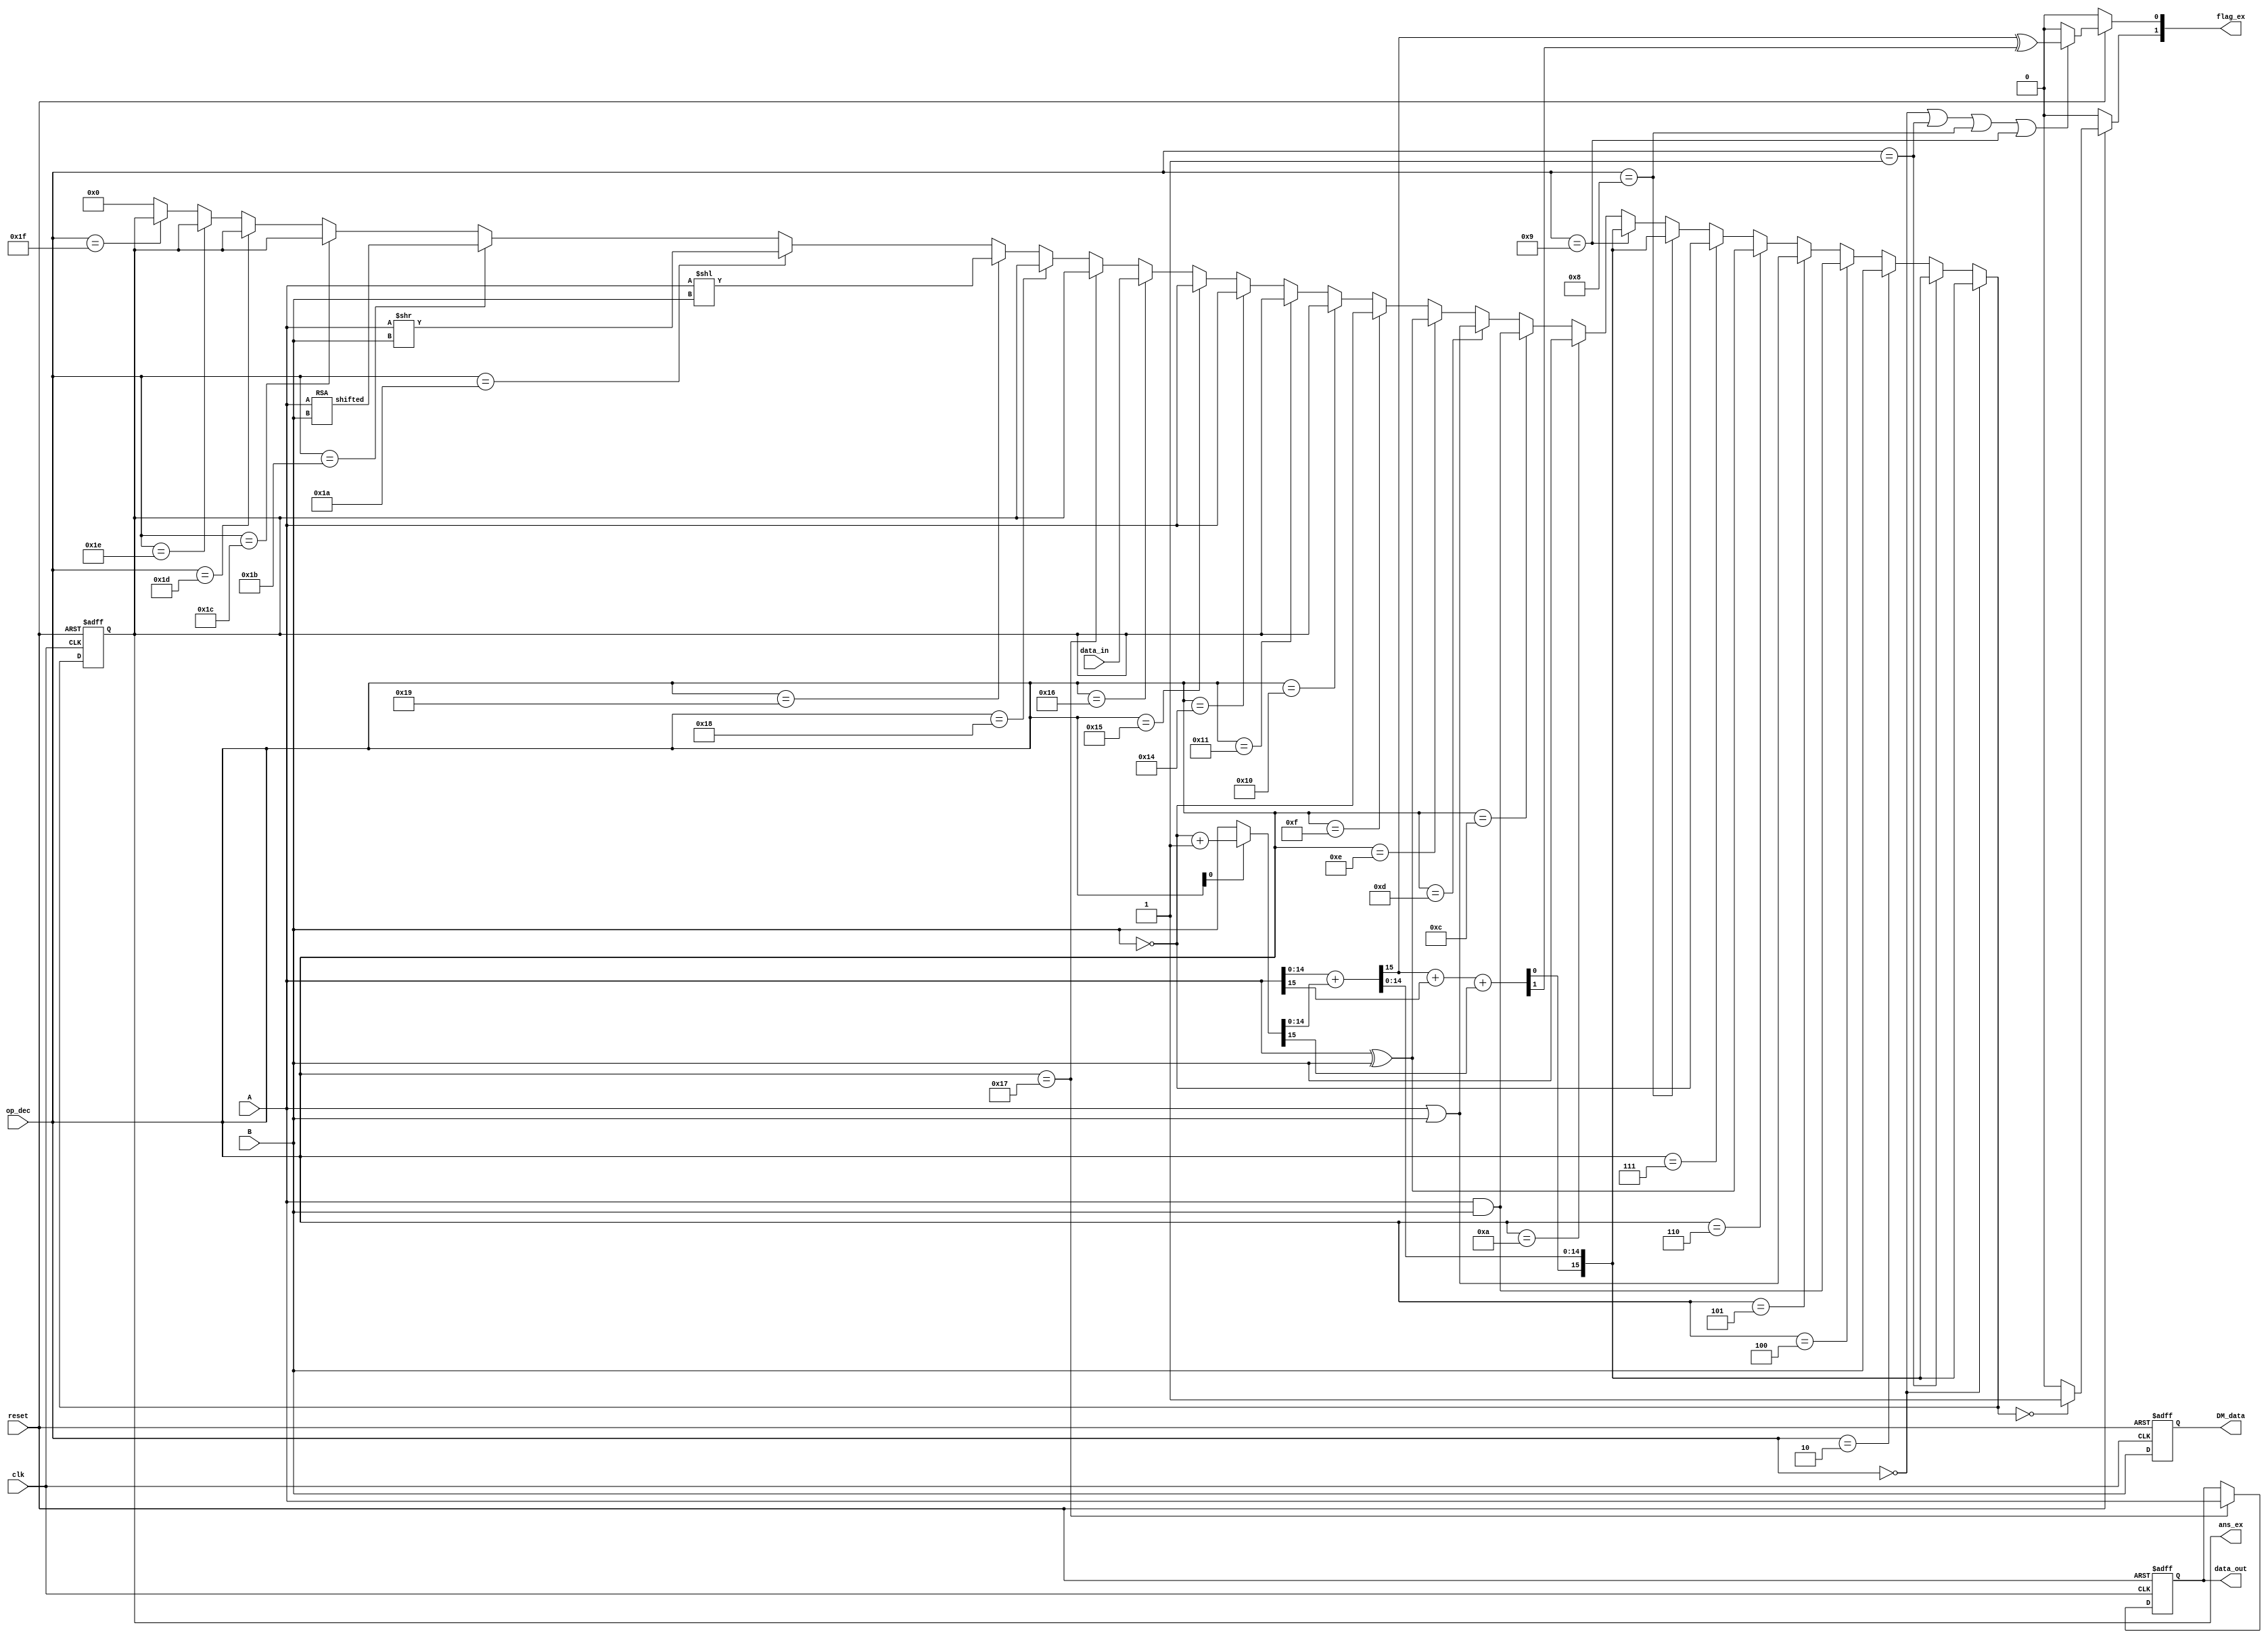
`timescale 1ns / 1ps
//////////////////////////////////////////////////////////////////////////////////
// Company: 
// Engineer: 
// 
// Design Name: 
// Module Name:    ALU_1 
// Project Name: 
// Target Devices: 
// Tool versions: 
// Description: 
//
// Dependencies: 
//
// Revision: 
// Revision 0.01 - File Created
// Additional Comments: 
//
//////////////////////////////////////////////////////////////////////////////////
module ALU(A, B, op_dec, data_in, ans_ex, data_out, DM_data ,clk, reset, flag_ex);

input [15:0] A,B,data_in;
input [5:0] op_dec;
input clk,reset;

output reg[15:0] ans_ex,DM_data,data_out;
output [1:0] flag_ex;

wire [15:0] ans_tmp,data_out_buff;
wire[15:0] temp,add,ans;
wire ans_zero,overflow;
reg[1:0] flag_prv;

assign temp =(op_dec[0] == 1'b1 ? (~B + 16'b0000000000000001) : B);
assign {c1, add[14:0]} = A[14:0] + temp[14:0];
assign {c2, add[15]} = c1 + A[15] + temp[15];
assign overflow = c1 ^ c2;
RSA shift (A,B,ans);

assign ans_tmp=(op_dec==6'b000000 ? add :
	
	(op_dec==6'b000001 ? add:
	(op_dec==6'b000010 ? B:
	(op_dec==6'b000100 ? A&B:
	(op_dec==6'b000101 ? A|B:
	(op_dec==6'b000110 ? A^B:
	(op_dec==6'b000111 ? ~B:
	(op_dec==6'b001000 ? add:
	(op_dec==6'b001001 ? add:
	(op_dec==6'b001010 ? B:
	(op_dec==6'b001100 ? A&B:
	(op_dec==6'b001101 ? A|B:
	(op_dec==6'b001110 ? A^B:
	(op_dec==6'b001111 ? ~B:
	(op_dec==6'b010000 ? ans_ex:
	(op_dec==6'b010001 ? ans_ex:
	(op_dec==6'b010100 ? A:
	(op_dec==6'b010101 ? A:
	(op_dec==6'b010110 ? data_in:
	(op_dec==6'b010111 ? ans_ex:
	(op_dec==6'b011000 ? ans_ex:
	(op_dec==6'b011001 ? A<<B:
	(op_dec==6'b011010 ? A>>B:
	(op_dec==6'b011011 ? ans:
	(op_dec==6'b011100 ? ans_ex:
	(op_dec==6'b011101 ? ans_ex:
	(op_dec==6'b011110 ? ans_ex:
	(op_dec==6'b011111 ? ans_ex:  16'b0000000000000000))))))))))))))))))))))))))));


assign flag_ex[0]=(reset == 1'b0 ? 1'b0 :(op_dec == 6'b000000 || op_dec == 6'b000001 || op_dec == 6'b001000 || op_dec == 6'b001001 ? overflow : 1'b0));

assign flag_ex[1] = (reset == 1'b0 ? 1'b0 : (ans_tmp == 16'b0000000000000000)? 1'b1 : 1'b0);
assign data_out_buff = (op_dec == 6'b010111 ?A : data_out);

always@(posedge clk,negedge reset)
begin 
if(reset==1'b0)
	begin 
		ans_ex = 16'b0;
		data_out = 16'b0;
		DM_data = 16'b0;
	end

else
	begin
		ans_ex = ans_tmp;
		data_out = data_out_buff;
		DM_data = B;
		flag_prv = flag_ex;
	end
end
endmodule

module RSA(A,B,shifted);
input [15:0] A,B;
output [15:0] shifted;
assign shifted[15] =A[15];
assign shifted[14:0]=A[14:0]>>B[14:0];
endmodule